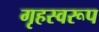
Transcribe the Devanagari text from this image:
गृहस्वरूप